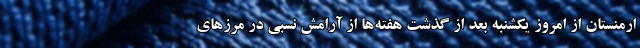
ارمنستان از امروز یکشنبه بعد از گذشت هفته‌‌ها از آرامش نسبی در مرزهای